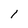
Character: l